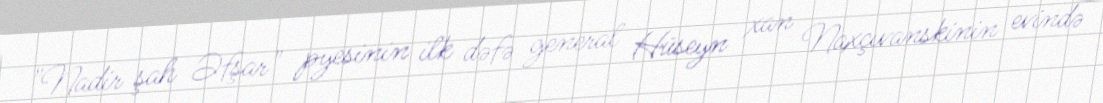
"Nadir şah Əfşar" pyesinin ilk dəfə general Hüseyn xan Naxçıvanskinin evində